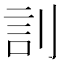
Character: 䚯